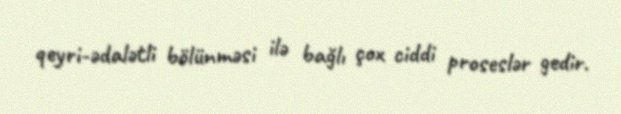
qeyri-ədalətli bölünməsi ilə bağlı çox ciddi proseslər gedir.